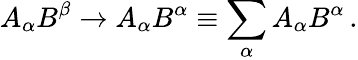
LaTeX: A_{\alpha}B^{\beta}\rightarrow A_{\alpha}B^{\alpha}\equiv\sum_{\alpha}A_{\alpha}B^{\alpha}\, .